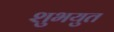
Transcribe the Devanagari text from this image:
शुभयुत